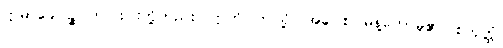
ဣမာခေါပဉ္စ၊ ဤငါးပါးတို့တည်း။ ဣတိ၊ ဤသို့။ အဝေါစ၊ မိန့်တော်မူ၏။ စတုတ္ထံ၊